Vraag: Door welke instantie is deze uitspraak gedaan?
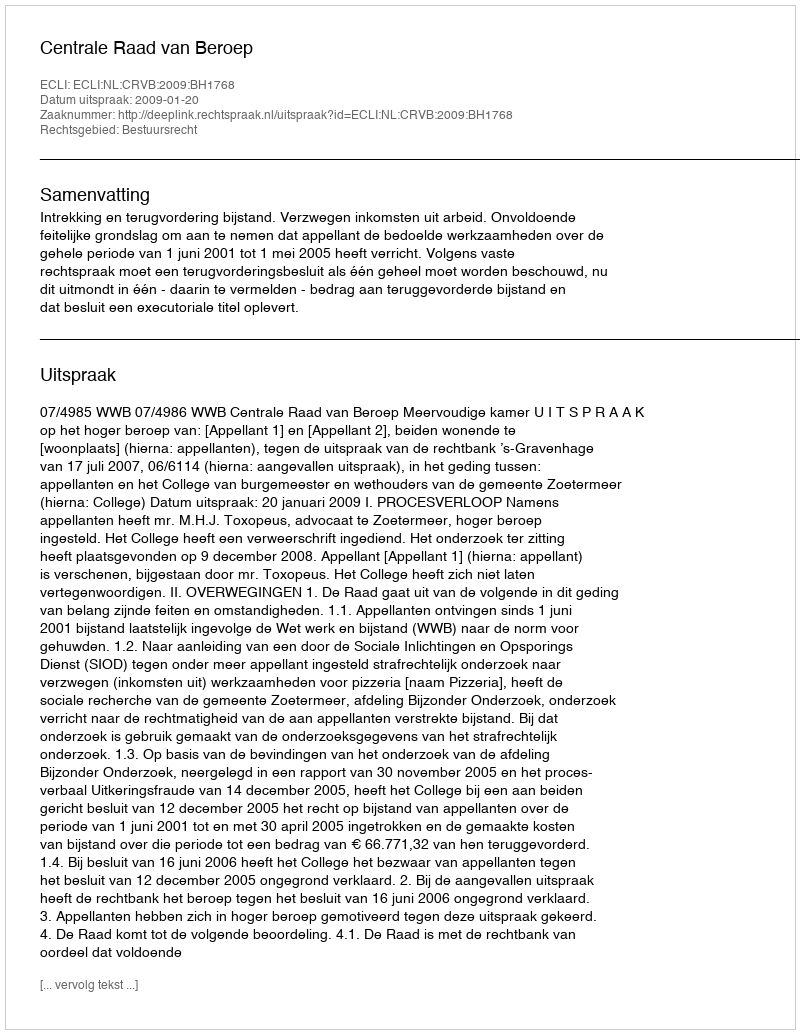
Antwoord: Centrale Raad van Beroep